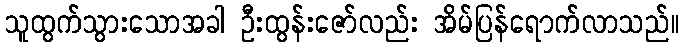
သူထွက်သွားသောအခါ ဦးထွန်းဇော်လည်း အိမ်ပြန်ရောက်လာသည်။